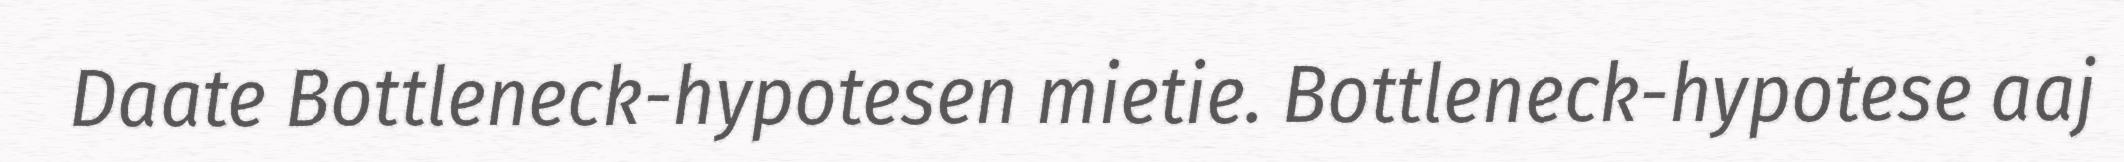
Daate Bottleneck-hypotesen mietie. Bottleneck-hypotese aaj